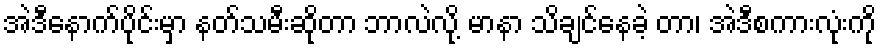
အဲဒီနောက်ပိုင်းမှာ နတ်သမီးဆိုတာ ဘာလဲလို့ မာနာ သိချင်နေခဲ့ တာ၊ အဲဒီစကားလုံးကို